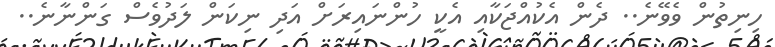
ހިނިތުން ވެވޭނެ.. ދެން އެކުއްޖަކާއި އެކީ ހުންނައިރަށް އަދި ނިކަން ލަދުވެސް ގަންނާނެ..